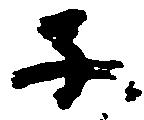
子